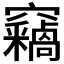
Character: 𫁝